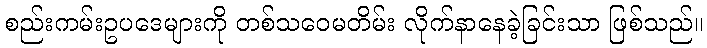
စည်းကမ်းဥပဒေများကို တစ်သဝေမတိမ်း လိုက်နာနေခဲ့ခြင်းသာ ဖြစ်သည်။